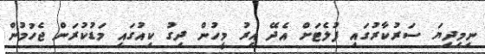
ނިމިދިޔަ ސަރުކާރުގައި ފުލެޓަށް އެދޭ އިރު މީހުން ދިގު ކިއުގައި މަޑުކުރަން ޖެހުމުން